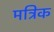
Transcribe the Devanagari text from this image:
मत्रिक